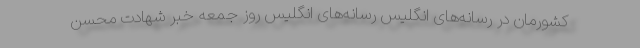
کشورمان در رسانه‌های انگلیس رسانه‌های انگلیس روز جمعه خبر شهادت محسن